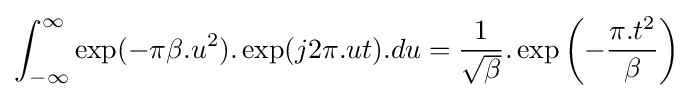
\int _{-\infty }^{\infty }\exp(-\pi \beta .u^{2}).\exp(j2\pi .ut).du={\frac {1}{\sqrt {\beta }}}.\exp \left(-{\frac {\pi .t^{2}}{\beta }}\right)